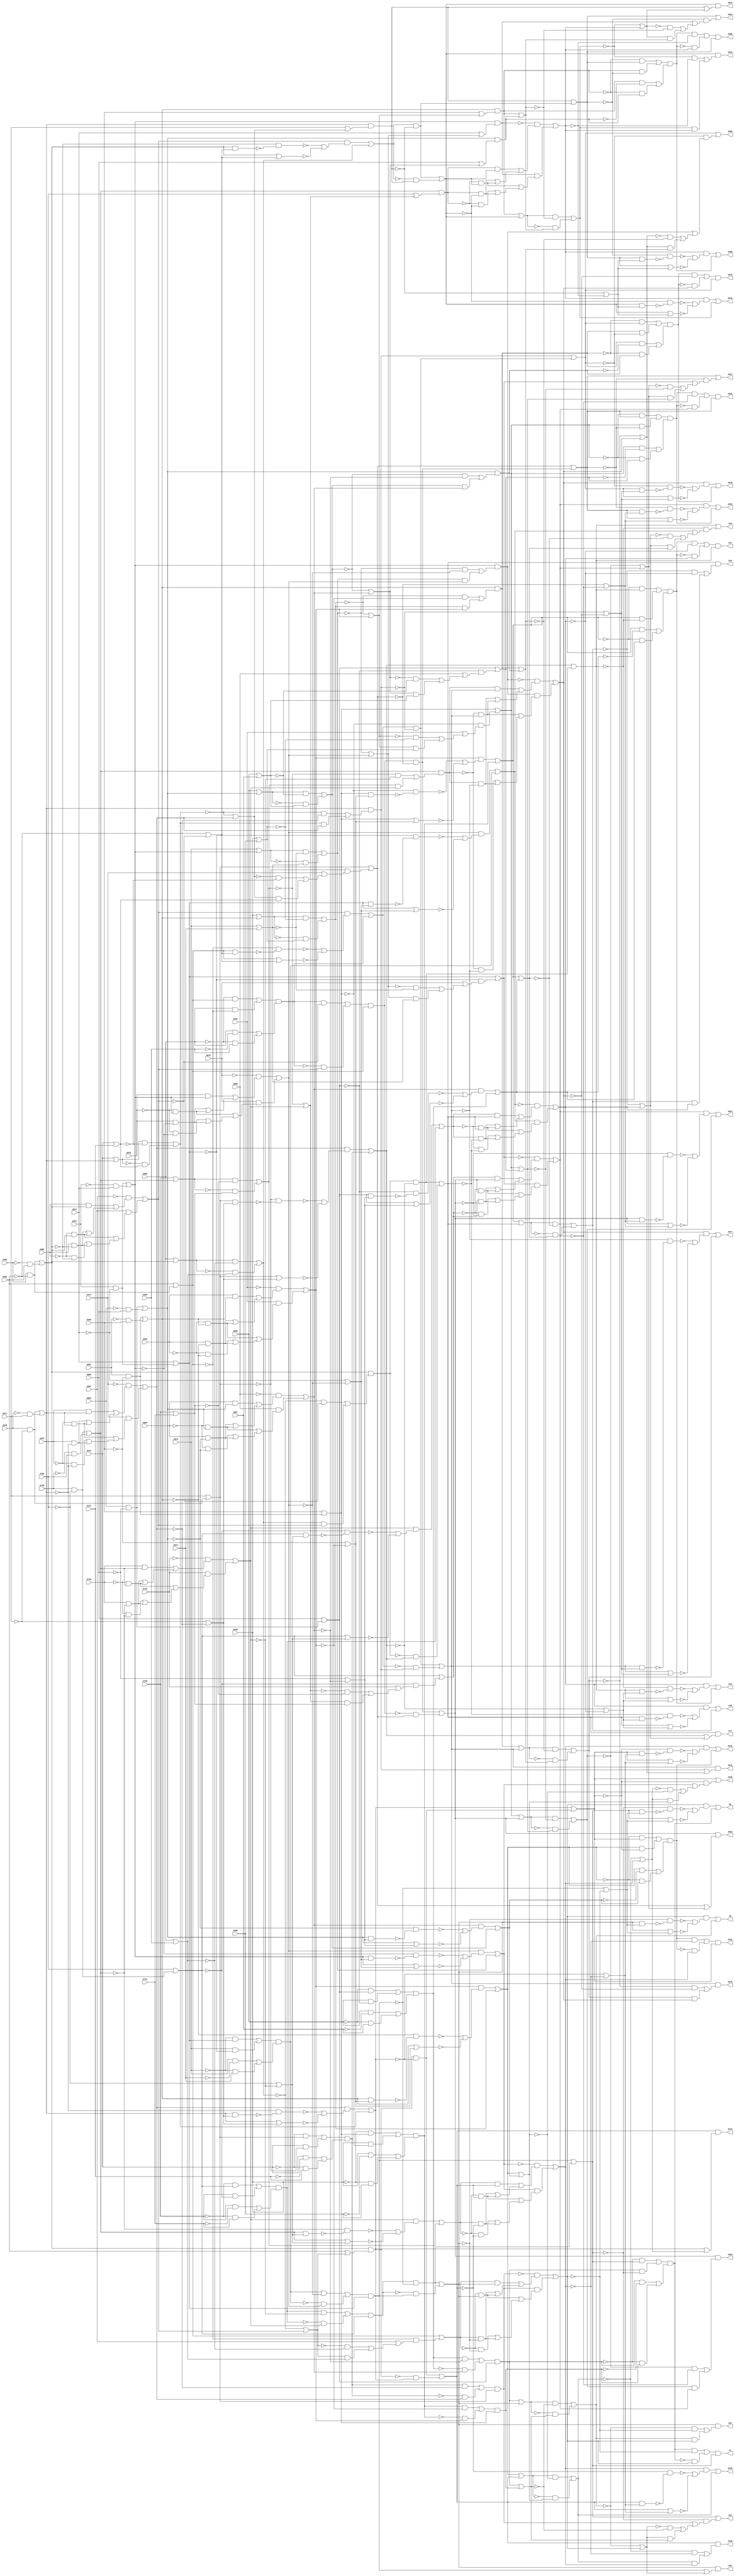
// Benchmark "testing" written by ABC on Thu Oct  8 22:16:59 2020

module testing ( 
    A743, A742, A741, A740, A739, A738, A676, A675, A674, A673, A672, A671,
    A609, A608, A607, A606, A605, A604, A542, A541, A540, A539, A538, A537,
    A475, A474, A473, A472, A471, A470, A403, A404, A405, A406, A407, A408,
    A347, A346, A345, A344, A343, A342, A280, A279, A278, A277, A276, A275,
    A213, A212, A211, A210, A209, A208, A146, A145, A144, A143, A142, A141,
    A79, A78, A77, A76, A75, A74, A7, A8, A9, A10, A11, A12  );
  input  A743, A742, A741, A740, A739, A738, A676, A675, A674, A673,
    A672, A671, A609, A608, A607, A606, A605, A604, A542, A541, A540, A539,
    A538, A537, A475, A474, A473, A472, A471, A470, A403, A404, A405, A406,
    A407, A408;
  output A347, A346, A345, A344, A343, A342, A280, A279, A278, A277, A276,
    A275, A213, A212, A211, A210, A209, A208, A146, A145, A144, A143, A142,
    A141, A79, A78, A77, A76, A75, A74, A7, A8, A9, A10, A11, A12;
  wire new_A469_, new_A468_, new_A467_, new_A466_, new_A465_, new_A464_,
    new_A463_, new_A462_, new_A461_, new_A460_, new_A459_, new_A458_,
    new_A457_, new_A456_, new_A455_, new_A454_, new_A453_, new_A452_,
    new_A451_, new_A450_, new_A449_, new_A448_, new_A447_, new_A446_,
    new_A445_, new_A444_, new_A443_, new_A442_, new_A441_, new_A440_,
    new_A439_, new_A438_, new_A437_, new_A436_, new_A435_, new_A434_,
    new_A433_, new_A432_, new_A431_, new_A430_, new_A429_, new_A428_,
    new_A427_, new_A426_, new_A425_, new_A424_, new_A423_, new_A422_,
    new_A421_, new_A420_, new_A419_, new_A418_, new_A417_, new_A416_,
    new_A415_, new_A414_, new_A413_, new_A412_, new_A411_, new_A410_,
    new_A409_, new_A476_, new_A477_, new_A478_, new_A479_, new_A480_,
    new_A481_, new_A482_, new_A483_, new_A484_, new_A485_, new_A486_,
    new_A487_, new_A488_, new_A489_, new_A490_, new_A491_, new_A492_,
    new_A493_, new_A494_, new_A495_, new_A496_, new_A497_, new_A498_,
    new_A499_, new_A500_, new_A501_, new_A502_, new_A503_, new_A504_,
    new_A505_, new_A506_, new_A507_, new_A508_, new_A509_, new_A510_,
    new_A511_, new_A512_, new_A513_, new_A514_, new_A515_, new_A516_,
    new_A517_, new_A518_, new_A519_, new_A520_, new_A521_, new_A522_,
    new_A523_, new_A524_, new_A525_, new_A526_, new_A527_, new_A528_,
    new_A529_, new_A530_, new_A531_, new_A532_, new_A533_, new_A534_,
    new_A535_, new_A536_, new_A543_, new_A544_, new_A545_, new_A546_,
    new_A547_, new_A548_, new_A549_, new_A550_, new_A551_, new_A552_,
    new_A553_, new_A554_, new_A555_, new_A556_, new_A557_, new_A558_,
    new_A559_, new_A560_, new_A561_, new_A562_, new_A563_, new_A564_,
    new_A565_, new_A566_, new_A567_, new_A568_, new_A569_, new_A570_,
    new_A571_, new_A572_, new_A573_, new_A574_, new_A575_, new_A576_,
    new_A577_, new_A578_, new_A579_, new_A580_, new_A581_, new_A582_,
    new_A583_, new_A584_, new_A585_, new_A586_, new_A587_, new_A588_,
    new_A589_, new_A590_, new_A591_, new_A592_, new_A593_, new_A594_,
    new_A595_, new_A596_, new_A597_, new_A598_, new_A599_, new_A600_,
    new_A601_, new_A602_, new_A603_, new_A610_, new_A611_, new_A612_,
    new_A613_, new_A614_, new_A615_, new_A616_, new_A617_, new_A618_,
    new_A619_, new_A620_, new_A621_, new_A622_, new_A623_, new_A624_,
    new_A625_, new_A626_, new_A627_, new_A628_, new_A629_, new_A630_,
    new_A631_, new_A632_, new_A633_, new_A634_, new_A635_, new_A636_,
    new_A637_, new_A638_, new_A639_, new_A640_, new_A641_, new_A642_,
    new_A643_, new_A644_, new_A645_, new_A646_, new_A647_, new_A648_,
    new_A649_, new_A650_, new_A651_, new_A652_, new_A653_, new_A654_,
    new_A655_, new_A656_, new_A657_, new_A658_, new_A659_, new_A660_,
    new_A661_, new_A662_, new_A663_, new_A664_, new_A665_, new_A666_,
    new_A667_, new_A668_, new_A669_, new_A670_, new_A677_, new_A678_,
    new_A679_, new_A680_, new_A681_, new_A682_, new_A683_, new_A684_,
    new_A685_, new_A686_, new_A687_, new_A688_, new_A689_, new_A690_,
    new_A691_, new_A692_, new_A693_, new_A694_, new_A695_, new_A696_,
    new_A697_, new_A698_, new_A699_, new_A700_, new_A701_, new_A702_,
    new_A703_, new_A704_, new_A705_, new_A706_, new_A707_, new_A708_,
    new_A709_, new_A710_, new_A711_, new_A712_, new_A713_, new_A714_,
    new_A715_, new_A716_, new_A717_, new_A718_, new_A719_, new_A720_,
    new_A721_, new_A722_, new_A723_, new_A724_, new_A725_, new_A726_,
    new_A727_, new_A728_, new_A729_, new_A730_, new_A731_, new_A732_,
    new_A733_, new_A734_, new_A735_, new_A736_, new_A737_, new_A744_,
    new_A745_, new_A746_, new_A747_, new_A748_, new_A749_, new_A750_,
    new_A751_, new_A752_, new_A753_, new_A754_, new_A755_, new_A756_,
    new_A757_, new_A758_, new_A759_, new_A760_, new_A761_, new_A762_,
    new_A763_, new_A764_, new_A765_, new_A766_, new_A767_, new_A768_,
    new_A769_, new_A770_, new_A771_, new_A772_, new_A773_, new_A774_,
    new_A775_, new_A776_, new_A777_, new_A778_, new_A779_, new_A780_,
    new_A781_, new_A782_, new_A783_, new_A784_, new_A785_, new_A786_,
    new_A787_, new_A788_, new_A789_, new_A790_, new_A791_, new_A792_,
    new_A793_, new_A794_, new_A795_, new_A796_, new_A797_, new_A798_,
    new_A799_, new_A800_, new_A801_, new_A802_, new_A803_, new_A804_,
    new_A402_, new_A401_, new_A400_, new_A399_, new_A398_, new_A397_,
    new_A396_, new_A395_, new_A394_, new_A393_, new_A392_, new_A391_,
    new_A390_, new_A389_, new_A388_, new_A387_, new_A386_, new_A385_,
    new_A384_, new_A383_, new_A382_, new_A381_, new_A380_, new_A379_,
    new_A378_, new_A377_, new_A376_, new_A375_, new_A374_, new_A373_,
    new_A372_, new_A371_, new_A370_, new_A369_, new_A368_, new_A367_,
    new_A366_, new_A365_, new_A364_, new_A363_, new_A362_, new_A361_,
    new_A360_, new_A359_, new_A358_, new_A357_, new_A356_, new_A355_,
    new_A354_, new_A353_, new_A352_, new_A351_, new_A350_, new_A349_,
    new_A348_, new_A341_, new_A340_, new_A339_, new_A338_, new_A337_,
    new_A336_, new_A335_, new_A334_, new_A333_, new_A332_, new_A331_,
    new_A330_, new_A329_, new_A328_, new_A327_, new_A326_, new_A325_,
    new_A324_, new_A323_, new_A322_, new_A321_, new_A320_, new_A319_,
    new_A318_, new_A317_, new_A316_, new_A315_, new_A314_, new_A313_,
    new_A312_, new_A311_, new_A310_, new_A309_, new_A308_, new_A307_,
    new_A306_, new_A305_, new_A304_, new_A303_, new_A302_, new_A301_,
    new_A300_, new_A299_, new_A298_, new_A297_, new_A296_, new_A295_,
    new_A294_, new_A293_, new_A292_, new_A291_, new_A290_, new_A289_,
    new_A288_, new_A287_, new_A286_, new_A285_, new_A284_, new_A283_,
    new_A282_, new_A281_, new_A274_, new_A273_, new_A272_, new_A271_,
    new_A270_, new_A269_, new_A268_, new_A267_, new_A266_, new_A265_,
    new_A264_, new_A263_, new_A262_, new_A261_, new_A260_, new_A259_,
    new_A258_, new_A257_, new_A256_, new_A255_, new_A254_, new_A253_,
    new_A252_, new_A251_, new_A250_, new_A249_, new_A248_, new_A247_,
    new_A246_, new_A245_, new_A244_, new_A243_, new_A242_, new_A241_,
    new_A240_, new_A239_, new_A238_, new_A237_, new_A236_, new_A235_,
    new_A234_, new_A233_, new_A232_, new_A231_, new_A230_, new_A229_,
    new_A228_, new_A227_, new_A226_, new_A225_, new_A224_, new_A223_,
    new_A222_, new_A221_, new_A220_, new_A219_, new_A218_, new_A217_,
    new_A216_, new_A215_, new_A214_, new_A207_, new_A206_, new_A205_,
    new_A204_, new_A203_, new_A202_, new_A201_, new_A200_, new_A199_,
    new_A198_, new_A197_, new_A196_, new_A195_, new_A194_, new_A193_,
    new_A192_, new_A191_, new_A190_, new_A189_, new_A188_, new_A187_,
    new_A186_, new_A185_, new_A184_, new_A183_, new_A182_, new_A181_,
    new_A180_, new_A179_, new_A178_, new_A177_, new_A176_, new_A175_,
    new_A174_, new_A173_, new_A172_, new_A171_, new_A170_, new_A169_,
    new_A168_, new_A167_, new_A166_, new_A165_, new_A164_, new_A163_,
    new_A162_, new_A161_, new_A160_, new_A159_, new_A158_, new_A157_,
    new_A156_, new_A155_, new_A154_, new_A153_, new_A152_, new_A151_,
    new_A150_, new_A149_, new_A148_, new_A147_, new_A140_, new_A139_,
    new_A138_, new_A137_, new_A136_, new_A135_, new_A134_, new_A133_,
    new_A132_, new_A131_, new_A130_, new_A129_, new_A128_, new_A127_,
    new_A126_, new_A125_, new_A124_, new_A123_, new_A122_, new_A121_,
    new_A120_, new_A119_, new_A118_, new_A117_, new_A116_, new_A115_,
    new_A114_, new_A113_, new_A112_, new_A111_, new_A110_, new_A109_,
    new_A108_, new_A107_, new_A106_, new_A105_, new_A104_, new_A103_,
    new_A102_, new_A101_, new_A100_, new_A99_, new_A98_, new_A97_,
    new_A96_, new_A95_, new_A94_, new_A93_, new_A92_, new_A91_, new_A90_,
    new_A89_, new_A88_, new_A87_, new_A86_, new_A85_, new_A84_, new_A83_,
    new_A82_, new_A81_, new_A80_, new_A73_, new_A72_, new_A71_, new_A70_,
    new_A69_, new_A68_, new_A1_, new_A2_, new_A3_, new_A4_, new_A5_,
    new_A6_, new_A13_, new_A14_, new_A15_, new_A16_, new_A17_, new_A18_,
    new_A19_, new_A20_, new_A21_, new_A22_, new_A23_, new_A24_, new_A25_,
    new_A26_, new_A27_, new_A28_, new_A29_, new_A30_, new_A31_, new_A32_,
    new_A33_, new_A34_, new_A35_, new_A36_, new_A37_, new_A38_, new_A39_,
    new_A40_, new_A41_, new_A42_, new_A43_, new_A44_, new_A45_, new_A46_,
    new_A47_, new_A48_, new_A49_, new_A50_, new_A51_, new_A52_, new_A53_,
    new_A54_, new_A55_, new_A56_, new_A57_, new_A58_, new_A59_, new_A60_,
    new_A61_, new_A62_, new_A63_, new_A64_, new_A65_, new_A66_, new_A67_;
  assign new_A469_ = ~A408 & new_A422_;
  assign new_A468_ = A408 & ~new_A422_;
  assign new_A467_ = A408 & ~new_A422_;
  assign new_A466_ = ~A408 & ~new_A422_;
  assign new_A465_ = A408 & new_A422_;
  assign new_A464_ = new_A468_ | new_A469_;
  assign new_A463_ = ~A408 & new_A422_;
  assign new_A462_ = new_A466_ | new_A467_;
  assign new_A461_ = ~new_A437_ & ~new_A457_;
  assign new_A460_ = new_A437_ & new_A457_;
  assign new_A459_ = ~A404 | ~new_A429_;
  assign new_A458_ = new_A422_ & new_A459_;
  assign new_A457_ = A405 | A406;
  assign new_A456_ = A405 | new_A422_;
  assign new_A455_ = ~new_A422_ & ~new_A458_;
  assign new_A454_ = new_A422_ | new_A459_;
  assign new_A453_ = A405 & ~A406;
  assign new_A452_ = ~A405 & A406;
  assign new_A451_ = new_A415_ | new_A448_;
  assign new_A450_ = ~new_A415_ & ~new_A449_;
  assign new_A449_ = new_A415_ & new_A448_;
  assign new_A448_ = ~A404 | ~new_A429_;
  assign new_A447_ = ~A405 & new_A415_;
  assign new_A446_ = A405 & ~new_A415_;
  assign new_A445_ = A407 & new_A444_;
  assign new_A444_ = new_A463_ | new_A462_;
  assign new_A443_ = ~A407 & new_A442_;
  assign new_A442_ = new_A465_ | new_A464_;
  assign new_A441_ = A407 | new_A440_;
  assign new_A440_ = new_A461_ | new_A460_;
  assign new_A439_ = ~new_A419_ & ~new_A429_;
  assign new_A438_ = new_A419_ & new_A429_;
  assign new_A437_ = ~new_A419_ | new_A429_;
  assign new_A436_ = A403 & ~A404;
  assign new_A435_ = ~A403 & A404;
  assign new_A434_ = new_A456_ & ~new_A457_;
  assign new_A433_ = ~new_A456_ & new_A457_;
  assign new_A432_ = ~new_A455_ | ~new_A454_;
  assign new_A431_ = new_A447_ | new_A446_;
  assign new_A430_ = new_A453_ | new_A452_;
  assign new_A429_ = new_A443_ | new_A445_;
  assign new_A428_ = ~new_A450_ | ~new_A451_;
  assign new_A427_ = A403 & ~A404;
  assign new_A426_ = new_A417_ & ~new_A429_;
  assign new_A425_ = ~new_A417_ & new_A429_;
  assign new_A424_ = ~new_A415_ & new_A441_;
  assign new_A423_ = new_A439_ | new_A438_;
  assign new_A422_ = new_A436_ | new_A435_;
  assign new_A421_ = A404 | new_A437_;
  assign new_A420_ = new_A429_ & new_A432_;
  assign new_A419_ = new_A434_ | new_A433_;
  assign new_A418_ = new_A429_ & new_A428_;
  assign new_A417_ = new_A431_ & new_A430_;
  assign new_A416_ = new_A426_ | new_A425_;
  assign new_A415_ = A404 | new_A427_;
  assign new_A414_ = new_A415_ | new_A424_;
  assign new_A413_ = new_A422_ & new_A423_;
  assign new_A412_ = new_A422_ & new_A421_;
  assign new_A411_ = new_A420_ | new_A419_;
  assign new_A410_ = new_A418_ | new_A417_;
  assign new_A409_ = new_A416_ & new_A415_;
  assign new_A476_ = new_A483_ & new_A482_;
  assign new_A477_ = new_A485_ | new_A484_;
  assign new_A478_ = new_A487_ | new_A486_;
  assign new_A479_ = new_A489_ & new_A488_;
  assign new_A480_ = new_A489_ & new_A490_;
  assign new_A481_ = new_A482_ | new_A491_;
  assign new_A482_ = A471 | new_A494_;
  assign new_A483_ = new_A493_ | new_A492_;
  assign new_A484_ = new_A498_ & new_A497_;
  assign new_A485_ = new_A496_ & new_A495_;
  assign new_A486_ = new_A501_ | new_A500_;
  assign new_A487_ = new_A496_ & new_A499_;
  assign new_A488_ = A471 | new_A504_;
  assign new_A489_ = new_A503_ | new_A502_;
  assign new_A490_ = new_A506_ | new_A505_;
  assign new_A491_ = ~new_A482_ & new_A508_;
  assign new_A492_ = ~new_A484_ & new_A496_;
  assign new_A493_ = new_A484_ & ~new_A496_;
  assign new_A494_ = A470 & ~A471;
  assign new_A495_ = ~new_A517_ | ~new_A518_;
  assign new_A496_ = new_A510_ | new_A512_;
  assign new_A497_ = new_A520_ | new_A519_;
  assign new_A498_ = new_A514_ | new_A513_;
  assign new_A499_ = ~new_A522_ | ~new_A521_;
  assign new_A500_ = ~new_A523_ & new_A524_;
  assign new_A501_ = new_A523_ & ~new_A524_;
  assign new_A502_ = ~A470 & A471;
  assign new_A503_ = A470 & ~A471;
  assign new_A504_ = ~new_A486_ | new_A496_;
  assign new_A505_ = new_A486_ & new_A496_;
  assign new_A506_ = ~new_A486_ & ~new_A496_;
  assign new_A507_ = new_A528_ | new_A527_;
  assign new_A508_ = A474 | new_A507_;
  assign new_A509_ = new_A532_ | new_A531_;
  assign new_A510_ = ~A474 & new_A509_;
  assign new_A511_ = new_A530_ | new_A529_;
  assign new_A512_ = A474 & new_A511_;
  assign new_A513_ = A472 & ~new_A482_;
  assign new_A514_ = ~A472 & new_A482_;
  assign new_A515_ = ~A471 | ~new_A496_;
  assign new_A516_ = new_A482_ & new_A515_;
  assign new_A517_ = ~new_A482_ & ~new_A516_;
  assign new_A518_ = new_A482_ | new_A515_;
  assign new_A519_ = ~A472 & A473;
  assign new_A520_ = A472 & ~A473;
  assign new_A521_ = new_A489_ | new_A526_;
  assign new_A522_ = ~new_A489_ & ~new_A525_;
  assign new_A523_ = A472 | new_A489_;
  assign new_A524_ = A472 | A473;
  assign new_A525_ = new_A489_ & new_A526_;
  assign new_A526_ = ~A471 | ~new_A496_;
  assign new_A527_ = new_A504_ & new_A524_;
  assign new_A528_ = ~new_A504_ & ~new_A524_;
  assign new_A529_ = new_A533_ | new_A534_;
  assign new_A530_ = ~A475 & new_A489_;
  assign new_A531_ = new_A535_ | new_A536_;
  assign new_A532_ = A475 & new_A489_;
  assign new_A533_ = ~A475 & ~new_A489_;
  assign new_A534_ = A475 & ~new_A489_;
  assign new_A535_ = A475 & ~new_A489_;
  assign new_A536_ = ~A475 & new_A489_;
  assign new_A543_ = new_A550_ & new_A549_;
  assign new_A544_ = new_A552_ | new_A551_;
  assign new_A545_ = new_A554_ | new_A553_;
  assign new_A546_ = new_A556_ & new_A555_;
  assign new_A547_ = new_A556_ & new_A557_;
  assign new_A548_ = new_A549_ | new_A558_;
  assign new_A549_ = A538 | new_A561_;
  assign new_A550_ = new_A560_ | new_A559_;
  assign new_A551_ = new_A565_ & new_A564_;
  assign new_A552_ = new_A563_ & new_A562_;
  assign new_A553_ = new_A568_ | new_A567_;
  assign new_A554_ = new_A563_ & new_A566_;
  assign new_A555_ = A538 | new_A571_;
  assign new_A556_ = new_A570_ | new_A569_;
  assign new_A557_ = new_A573_ | new_A572_;
  assign new_A558_ = ~new_A549_ & new_A575_;
  assign new_A559_ = ~new_A551_ & new_A563_;
  assign new_A560_ = new_A551_ & ~new_A563_;
  assign new_A561_ = A537 & ~A538;
  assign new_A562_ = ~new_A584_ | ~new_A585_;
  assign new_A563_ = new_A577_ | new_A579_;
  assign new_A564_ = new_A587_ | new_A586_;
  assign new_A565_ = new_A581_ | new_A580_;
  assign new_A566_ = ~new_A589_ | ~new_A588_;
  assign new_A567_ = ~new_A590_ & new_A591_;
  assign new_A568_ = new_A590_ & ~new_A591_;
  assign new_A569_ = ~A537 & A538;
  assign new_A570_ = A537 & ~A538;
  assign new_A571_ = ~new_A553_ | new_A563_;
  assign new_A572_ = new_A553_ & new_A563_;
  assign new_A573_ = ~new_A553_ & ~new_A563_;
  assign new_A574_ = new_A595_ | new_A594_;
  assign new_A575_ = A541 | new_A574_;
  assign new_A576_ = new_A599_ | new_A598_;
  assign new_A577_ = ~A541 & new_A576_;
  assign new_A578_ = new_A597_ | new_A596_;
  assign new_A579_ = A541 & new_A578_;
  assign new_A580_ = A539 & ~new_A549_;
  assign new_A581_ = ~A539 & new_A549_;
  assign new_A582_ = ~A538 | ~new_A563_;
  assign new_A583_ = new_A549_ & new_A582_;
  assign new_A584_ = ~new_A549_ & ~new_A583_;
  assign new_A585_ = new_A549_ | new_A582_;
  assign new_A586_ = ~A539 & A540;
  assign new_A587_ = A539 & ~A540;
  assign new_A588_ = new_A556_ | new_A593_;
  assign new_A589_ = ~new_A556_ & ~new_A592_;
  assign new_A590_ = A539 | new_A556_;
  assign new_A591_ = A539 | A540;
  assign new_A592_ = new_A556_ & new_A593_;
  assign new_A593_ = ~A538 | ~new_A563_;
  assign new_A594_ = new_A571_ & new_A591_;
  assign new_A595_ = ~new_A571_ & ~new_A591_;
  assign new_A596_ = new_A600_ | new_A601_;
  assign new_A597_ = ~A542 & new_A556_;
  assign new_A598_ = new_A602_ | new_A603_;
  assign new_A599_ = A542 & new_A556_;
  assign new_A600_ = ~A542 & ~new_A556_;
  assign new_A601_ = A542 & ~new_A556_;
  assign new_A602_ = A542 & ~new_A556_;
  assign new_A603_ = ~A542 & new_A556_;
  assign new_A610_ = new_A617_ & new_A616_;
  assign new_A611_ = new_A619_ | new_A618_;
  assign new_A612_ = new_A621_ | new_A620_;
  assign new_A613_ = new_A623_ & new_A622_;
  assign new_A614_ = new_A623_ & new_A624_;
  assign new_A615_ = new_A616_ | new_A625_;
  assign new_A616_ = A605 | new_A628_;
  assign new_A617_ = new_A627_ | new_A626_;
  assign new_A618_ = new_A632_ & new_A631_;
  assign new_A619_ = new_A630_ & new_A629_;
  assign new_A620_ = new_A635_ | new_A634_;
  assign new_A621_ = new_A630_ & new_A633_;
  assign new_A622_ = A605 | new_A638_;
  assign new_A623_ = new_A637_ | new_A636_;
  assign new_A624_ = new_A640_ | new_A639_;
  assign new_A625_ = ~new_A616_ & new_A642_;
  assign new_A626_ = ~new_A618_ & new_A630_;
  assign new_A627_ = new_A618_ & ~new_A630_;
  assign new_A628_ = A604 & ~A605;
  assign new_A629_ = ~new_A651_ | ~new_A652_;
  assign new_A630_ = new_A644_ | new_A646_;
  assign new_A631_ = new_A654_ | new_A653_;
  assign new_A632_ = new_A648_ | new_A647_;
  assign new_A633_ = ~new_A656_ | ~new_A655_;
  assign new_A634_ = ~new_A657_ & new_A658_;
  assign new_A635_ = new_A657_ & ~new_A658_;
  assign new_A636_ = ~A604 & A605;
  assign new_A637_ = A604 & ~A605;
  assign new_A638_ = ~new_A620_ | new_A630_;
  assign new_A639_ = new_A620_ & new_A630_;
  assign new_A640_ = ~new_A620_ & ~new_A630_;
  assign new_A641_ = new_A662_ | new_A661_;
  assign new_A642_ = A608 | new_A641_;
  assign new_A643_ = new_A666_ | new_A665_;
  assign new_A644_ = ~A608 & new_A643_;
  assign new_A645_ = new_A664_ | new_A663_;
  assign new_A646_ = A608 & new_A645_;
  assign new_A647_ = A606 & ~new_A616_;
  assign new_A648_ = ~A606 & new_A616_;
  assign new_A649_ = ~A605 | ~new_A630_;
  assign new_A650_ = new_A616_ & new_A649_;
  assign new_A651_ = ~new_A616_ & ~new_A650_;
  assign new_A652_ = new_A616_ | new_A649_;
  assign new_A653_ = ~A606 & A607;
  assign new_A654_ = A606 & ~A607;
  assign new_A655_ = new_A623_ | new_A660_;
  assign new_A656_ = ~new_A623_ & ~new_A659_;
  assign new_A657_ = A606 | new_A623_;
  assign new_A658_ = A606 | A607;
  assign new_A659_ = new_A623_ & new_A660_;
  assign new_A660_ = ~A605 | ~new_A630_;
  assign new_A661_ = new_A638_ & new_A658_;
  assign new_A662_ = ~new_A638_ & ~new_A658_;
  assign new_A663_ = new_A667_ | new_A668_;
  assign new_A664_ = ~A609 & new_A623_;
  assign new_A665_ = new_A669_ | new_A670_;
  assign new_A666_ = A609 & new_A623_;
  assign new_A667_ = ~A609 & ~new_A623_;
  assign new_A668_ = A609 & ~new_A623_;
  assign new_A669_ = A609 & ~new_A623_;
  assign new_A670_ = ~A609 & new_A623_;
  assign new_A677_ = new_A684_ & new_A683_;
  assign new_A678_ = new_A686_ | new_A685_;
  assign new_A679_ = new_A688_ | new_A687_;
  assign new_A680_ = new_A690_ & new_A689_;
  assign new_A681_ = new_A690_ & new_A691_;
  assign new_A682_ = new_A683_ | new_A692_;
  assign new_A683_ = A672 | new_A695_;
  assign new_A684_ = new_A694_ | new_A693_;
  assign new_A685_ = new_A699_ & new_A698_;
  assign new_A686_ = new_A697_ & new_A696_;
  assign new_A687_ = new_A702_ | new_A701_;
  assign new_A688_ = new_A697_ & new_A700_;
  assign new_A689_ = A672 | new_A705_;
  assign new_A690_ = new_A704_ | new_A703_;
  assign new_A691_ = new_A707_ | new_A706_;
  assign new_A692_ = ~new_A683_ & new_A709_;
  assign new_A693_ = ~new_A685_ & new_A697_;
  assign new_A694_ = new_A685_ & ~new_A697_;
  assign new_A695_ = A671 & ~A672;
  assign new_A696_ = ~new_A718_ | ~new_A719_;
  assign new_A697_ = new_A711_ | new_A713_;
  assign new_A698_ = new_A721_ | new_A720_;
  assign new_A699_ = new_A715_ | new_A714_;
  assign new_A700_ = ~new_A723_ | ~new_A722_;
  assign new_A701_ = ~new_A724_ & new_A725_;
  assign new_A702_ = new_A724_ & ~new_A725_;
  assign new_A703_ = ~A671 & A672;
  assign new_A704_ = A671 & ~A672;
  assign new_A705_ = ~new_A687_ | new_A697_;
  assign new_A706_ = new_A687_ & new_A697_;
  assign new_A707_ = ~new_A687_ & ~new_A697_;
  assign new_A708_ = new_A729_ | new_A728_;
  assign new_A709_ = A675 | new_A708_;
  assign new_A710_ = new_A733_ | new_A732_;
  assign new_A711_ = ~A675 & new_A710_;
  assign new_A712_ = new_A731_ | new_A730_;
  assign new_A713_ = A675 & new_A712_;
  assign new_A714_ = A673 & ~new_A683_;
  assign new_A715_ = ~A673 & new_A683_;
  assign new_A716_ = ~A672 | ~new_A697_;
  assign new_A717_ = new_A683_ & new_A716_;
  assign new_A718_ = ~new_A683_ & ~new_A717_;
  assign new_A719_ = new_A683_ | new_A716_;
  assign new_A720_ = ~A673 & A674;
  assign new_A721_ = A673 & ~A674;
  assign new_A722_ = new_A690_ | new_A727_;
  assign new_A723_ = ~new_A690_ & ~new_A726_;
  assign new_A724_ = A673 | new_A690_;
  assign new_A725_ = A673 | A674;
  assign new_A726_ = new_A690_ & new_A727_;
  assign new_A727_ = ~A672 | ~new_A697_;
  assign new_A728_ = new_A705_ & new_A725_;
  assign new_A729_ = ~new_A705_ & ~new_A725_;
  assign new_A730_ = new_A734_ | new_A735_;
  assign new_A731_ = ~A676 & new_A690_;
  assign new_A732_ = new_A736_ | new_A737_;
  assign new_A733_ = A676 & new_A690_;
  assign new_A734_ = ~A676 & ~new_A690_;
  assign new_A735_ = A676 & ~new_A690_;
  assign new_A736_ = A676 & ~new_A690_;
  assign new_A737_ = ~A676 & new_A690_;
  assign new_A744_ = new_A751_ & new_A750_;
  assign new_A745_ = new_A753_ | new_A752_;
  assign new_A746_ = new_A755_ | new_A754_;
  assign new_A747_ = new_A757_ & new_A756_;
  assign new_A748_ = new_A757_ & new_A758_;
  assign new_A749_ = new_A750_ | new_A759_;
  assign new_A750_ = A739 | new_A762_;
  assign new_A751_ = new_A761_ | new_A760_;
  assign new_A752_ = new_A766_ & new_A765_;
  assign new_A753_ = new_A764_ & new_A763_;
  assign new_A754_ = new_A769_ | new_A768_;
  assign new_A755_ = new_A764_ & new_A767_;
  assign new_A756_ = A739 | new_A772_;
  assign new_A757_ = new_A771_ | new_A770_;
  assign new_A758_ = new_A774_ | new_A773_;
  assign new_A759_ = ~new_A750_ & new_A776_;
  assign new_A760_ = ~new_A752_ & new_A764_;
  assign new_A761_ = new_A752_ & ~new_A764_;
  assign new_A762_ = A738 & ~A739;
  assign new_A763_ = ~new_A785_ | ~new_A786_;
  assign new_A764_ = new_A778_ | new_A780_;
  assign new_A765_ = new_A788_ | new_A787_;
  assign new_A766_ = new_A782_ | new_A781_;
  assign new_A767_ = ~new_A790_ | ~new_A789_;
  assign new_A768_ = ~new_A791_ & new_A792_;
  assign new_A769_ = new_A791_ & ~new_A792_;
  assign new_A770_ = ~A738 & A739;
  assign new_A771_ = A738 & ~A739;
  assign new_A772_ = ~new_A754_ | new_A764_;
  assign new_A773_ = new_A754_ & new_A764_;
  assign new_A774_ = ~new_A754_ & ~new_A764_;
  assign new_A775_ = new_A796_ | new_A795_;
  assign new_A776_ = A742 | new_A775_;
  assign new_A777_ = new_A800_ | new_A799_;
  assign new_A778_ = ~A742 & new_A777_;
  assign new_A779_ = new_A798_ | new_A797_;
  assign new_A780_ = A742 & new_A779_;
  assign new_A781_ = A740 & ~new_A750_;
  assign new_A782_ = ~A740 & new_A750_;
  assign new_A783_ = ~A739 | ~new_A764_;
  assign new_A784_ = new_A750_ & new_A783_;
  assign new_A785_ = ~new_A750_ & ~new_A784_;
  assign new_A786_ = new_A750_ | new_A783_;
  assign new_A787_ = ~A740 & A741;
  assign new_A788_ = A740 & ~A741;
  assign new_A789_ = new_A757_ | new_A794_;
  assign new_A790_ = ~new_A757_ & ~new_A793_;
  assign new_A791_ = A740 | new_A757_;
  assign new_A792_ = A740 | A741;
  assign new_A793_ = new_A757_ & new_A794_;
  assign new_A794_ = ~A739 | ~new_A764_;
  assign new_A795_ = new_A772_ & new_A792_;
  assign new_A796_ = ~new_A772_ & ~new_A792_;
  assign new_A797_ = new_A801_ | new_A802_;
  assign new_A798_ = ~A743 & new_A757_;
  assign new_A799_ = new_A803_ | new_A804_;
  assign new_A800_ = A743 & new_A757_;
  assign new_A801_ = ~A743 & ~new_A757_;
  assign new_A802_ = A743 & ~new_A757_;
  assign new_A803_ = A743 & ~new_A757_;
  assign new_A804_ = ~A743 & new_A757_;
  assign new_A402_ = ~new_A341_ & new_A355_;
  assign new_A401_ = new_A341_ & ~new_A355_;
  assign new_A400_ = new_A341_ & ~new_A355_;
  assign new_A399_ = ~new_A341_ & ~new_A355_;
  assign new_A398_ = new_A341_ & new_A355_;
  assign new_A397_ = new_A401_ | new_A402_;
  assign new_A396_ = ~new_A341_ & new_A355_;
  assign new_A395_ = new_A399_ | new_A400_;
  assign new_A394_ = ~new_A370_ & ~new_A390_;
  assign new_A393_ = new_A370_ & new_A390_;
  assign new_A392_ = ~new_A337_ | ~new_A362_;
  assign new_A391_ = new_A355_ & new_A392_;
  assign new_A390_ = new_A338_ | new_A339_;
  assign new_A389_ = new_A338_ | new_A355_;
  assign new_A388_ = ~new_A355_ & ~new_A391_;
  assign new_A387_ = new_A355_ | new_A392_;
  assign new_A386_ = new_A338_ & ~new_A339_;
  assign new_A385_ = ~new_A338_ & new_A339_;
  assign new_A384_ = new_A348_ | new_A381_;
  assign new_A383_ = ~new_A348_ & ~new_A382_;
  assign new_A382_ = new_A348_ & new_A381_;
  assign new_A381_ = ~new_A337_ | ~new_A362_;
  assign new_A380_ = ~new_A338_ & new_A348_;
  assign new_A379_ = new_A338_ & ~new_A348_;
  assign new_A378_ = new_A340_ & new_A377_;
  assign new_A377_ = new_A396_ | new_A395_;
  assign new_A376_ = ~new_A340_ & new_A375_;
  assign new_A375_ = new_A398_ | new_A397_;
  assign new_A374_ = new_A340_ | new_A373_;
  assign new_A373_ = new_A394_ | new_A393_;
  assign new_A372_ = ~new_A352_ & ~new_A362_;
  assign new_A371_ = new_A352_ & new_A362_;
  assign new_A370_ = ~new_A352_ | new_A362_;
  assign new_A369_ = new_A336_ & ~new_A337_;
  assign new_A368_ = ~new_A336_ & new_A337_;
  assign new_A367_ = new_A389_ & ~new_A390_;
  assign new_A366_ = ~new_A389_ & new_A390_;
  assign new_A365_ = ~new_A388_ | ~new_A387_;
  assign new_A364_ = new_A380_ | new_A379_;
  assign new_A363_ = new_A386_ | new_A385_;
  assign new_A362_ = new_A376_ | new_A378_;
  assign new_A361_ = ~new_A383_ | ~new_A384_;
  assign new_A360_ = new_A336_ & ~new_A337_;
  assign new_A359_ = new_A350_ & ~new_A362_;
  assign new_A358_ = ~new_A350_ & new_A362_;
  assign new_A357_ = ~new_A348_ & new_A374_;
  assign new_A356_ = new_A372_ | new_A371_;
  assign new_A355_ = new_A369_ | new_A368_;
  assign new_A354_ = new_A337_ | new_A370_;
  assign new_A353_ = new_A362_ & new_A365_;
  assign new_A352_ = new_A367_ | new_A366_;
  assign new_A351_ = new_A362_ & new_A361_;
  assign new_A350_ = new_A364_ & new_A363_;
  assign new_A349_ = new_A359_ | new_A358_;
  assign new_A348_ = new_A337_ | new_A360_;
  assign A347 = new_A348_ | new_A357_;
  assign A346 = new_A355_ & new_A356_;
  assign A345 = new_A355_ & new_A354_;
  assign A344 = new_A353_ | new_A352_;
  assign A343 = new_A351_ | new_A350_;
  assign A342 = new_A349_ & new_A348_;
  assign new_A341_ = new_A749_;
  assign new_A340_ = new_A682_;
  assign new_A339_ = new_A615_;
  assign new_A338_ = new_A548_;
  assign new_A337_ = new_A481_;
  assign new_A336_ = new_A409_;
  assign new_A335_ = ~new_A274_ & new_A288_;
  assign new_A334_ = new_A274_ & ~new_A288_;
  assign new_A333_ = new_A274_ & ~new_A288_;
  assign new_A332_ = ~new_A274_ & ~new_A288_;
  assign new_A331_ = new_A274_ & new_A288_;
  assign new_A330_ = new_A334_ | new_A335_;
  assign new_A329_ = ~new_A274_ & new_A288_;
  assign new_A328_ = new_A332_ | new_A333_;
  assign new_A327_ = ~new_A303_ & ~new_A323_;
  assign new_A326_ = new_A303_ & new_A323_;
  assign new_A325_ = ~new_A270_ | ~new_A295_;
  assign new_A324_ = new_A288_ & new_A325_;
  assign new_A323_ = new_A271_ | new_A272_;
  assign new_A322_ = new_A271_ | new_A288_;
  assign new_A321_ = ~new_A288_ & ~new_A324_;
  assign new_A320_ = new_A288_ | new_A325_;
  assign new_A319_ = new_A271_ & ~new_A272_;
  assign new_A318_ = ~new_A271_ & new_A272_;
  assign new_A317_ = new_A281_ | new_A314_;
  assign new_A316_ = ~new_A281_ & ~new_A315_;
  assign new_A315_ = new_A281_ & new_A314_;
  assign new_A314_ = ~new_A270_ | ~new_A295_;
  assign new_A313_ = ~new_A271_ & new_A281_;
  assign new_A312_ = new_A271_ & ~new_A281_;
  assign new_A311_ = new_A273_ & new_A310_;
  assign new_A310_ = new_A329_ | new_A328_;
  assign new_A309_ = ~new_A273_ & new_A308_;
  assign new_A308_ = new_A331_ | new_A330_;
  assign new_A307_ = new_A273_ | new_A306_;
  assign new_A306_ = new_A327_ | new_A326_;
  assign new_A305_ = ~new_A285_ & ~new_A295_;
  assign new_A304_ = new_A285_ & new_A295_;
  assign new_A303_ = ~new_A285_ | new_A295_;
  assign new_A302_ = new_A269_ & ~new_A270_;
  assign new_A301_ = ~new_A269_ & new_A270_;
  assign new_A300_ = new_A322_ & ~new_A323_;
  assign new_A299_ = ~new_A322_ & new_A323_;
  assign new_A298_ = ~new_A321_ | ~new_A320_;
  assign new_A297_ = new_A313_ | new_A312_;
  assign new_A296_ = new_A319_ | new_A318_;
  assign new_A295_ = new_A309_ | new_A311_;
  assign new_A294_ = ~new_A316_ | ~new_A317_;
  assign new_A293_ = new_A269_ & ~new_A270_;
  assign new_A292_ = new_A283_ & ~new_A295_;
  assign new_A291_ = ~new_A283_ & new_A295_;
  assign new_A290_ = ~new_A281_ & new_A307_;
  assign new_A289_ = new_A305_ | new_A304_;
  assign new_A288_ = new_A302_ | new_A301_;
  assign new_A287_ = new_A270_ | new_A303_;
  assign new_A286_ = new_A295_ & new_A298_;
  assign new_A285_ = new_A300_ | new_A299_;
  assign new_A284_ = new_A295_ & new_A294_;
  assign new_A283_ = new_A297_ & new_A296_;
  assign new_A282_ = new_A292_ | new_A291_;
  assign new_A281_ = new_A270_ | new_A293_;
  assign A280 = new_A281_ | new_A290_;
  assign A279 = new_A288_ & new_A289_;
  assign A278 = new_A288_ & new_A287_;
  assign A277 = new_A286_ | new_A285_;
  assign A276 = new_A284_ | new_A283_;
  assign A275 = new_A282_ & new_A281_;
  assign new_A274_ = new_A748_;
  assign new_A273_ = new_A681_;
  assign new_A272_ = new_A614_;
  assign new_A271_ = new_A547_;
  assign new_A270_ = new_A480_;
  assign new_A269_ = new_A410_;
  assign new_A268_ = ~new_A207_ & new_A221_;
  assign new_A267_ = new_A207_ & ~new_A221_;
  assign new_A266_ = new_A207_ & ~new_A221_;
  assign new_A265_ = ~new_A207_ & ~new_A221_;
  assign new_A264_ = new_A207_ & new_A221_;
  assign new_A263_ = new_A267_ | new_A268_;
  assign new_A262_ = ~new_A207_ & new_A221_;
  assign new_A261_ = new_A265_ | new_A266_;
  assign new_A260_ = ~new_A236_ & ~new_A256_;
  assign new_A259_ = new_A236_ & new_A256_;
  assign new_A258_ = ~new_A203_ | ~new_A228_;
  assign new_A257_ = new_A221_ & new_A258_;
  assign new_A256_ = new_A204_ | new_A205_;
  assign new_A255_ = new_A204_ | new_A221_;
  assign new_A254_ = ~new_A221_ & ~new_A257_;
  assign new_A253_ = new_A221_ | new_A258_;
  assign new_A252_ = new_A204_ & ~new_A205_;
  assign new_A251_ = ~new_A204_ & new_A205_;
  assign new_A250_ = new_A214_ | new_A247_;
  assign new_A249_ = ~new_A214_ & ~new_A248_;
  assign new_A248_ = new_A214_ & new_A247_;
  assign new_A247_ = ~new_A203_ | ~new_A228_;
  assign new_A246_ = ~new_A204_ & new_A214_;
  assign new_A245_ = new_A204_ & ~new_A214_;
  assign new_A244_ = new_A206_ & new_A243_;
  assign new_A243_ = new_A262_ | new_A261_;
  assign new_A242_ = ~new_A206_ & new_A241_;
  assign new_A241_ = new_A264_ | new_A263_;
  assign new_A240_ = new_A206_ | new_A239_;
  assign new_A239_ = new_A260_ | new_A259_;
  assign new_A238_ = ~new_A218_ & ~new_A228_;
  assign new_A237_ = new_A218_ & new_A228_;
  assign new_A236_ = ~new_A218_ | new_A228_;
  assign new_A235_ = new_A202_ & ~new_A203_;
  assign new_A234_ = ~new_A202_ & new_A203_;
  assign new_A233_ = new_A255_ & ~new_A256_;
  assign new_A232_ = ~new_A255_ & new_A256_;
  assign new_A231_ = ~new_A254_ | ~new_A253_;
  assign new_A230_ = new_A246_ | new_A245_;
  assign new_A229_ = new_A252_ | new_A251_;
  assign new_A228_ = new_A242_ | new_A244_;
  assign new_A227_ = ~new_A249_ | ~new_A250_;
  assign new_A226_ = new_A202_ & ~new_A203_;
  assign new_A225_ = new_A216_ & ~new_A228_;
  assign new_A224_ = ~new_A216_ & new_A228_;
  assign new_A223_ = ~new_A214_ & new_A240_;
  assign new_A222_ = new_A238_ | new_A237_;
  assign new_A221_ = new_A235_ | new_A234_;
  assign new_A220_ = new_A203_ | new_A236_;
  assign new_A219_ = new_A228_ & new_A231_;
  assign new_A218_ = new_A233_ | new_A232_;
  assign new_A217_ = new_A228_ & new_A227_;
  assign new_A216_ = new_A230_ & new_A229_;
  assign new_A215_ = new_A225_ | new_A224_;
  assign new_A214_ = new_A203_ | new_A226_;
  assign A213 = new_A214_ | new_A223_;
  assign A212 = new_A221_ & new_A222_;
  assign A211 = new_A221_ & new_A220_;
  assign A210 = new_A219_ | new_A218_;
  assign A209 = new_A217_ | new_A216_;
  assign A208 = new_A215_ & new_A214_;
  assign new_A207_ = new_A747_;
  assign new_A206_ = new_A680_;
  assign new_A205_ = new_A613_;
  assign new_A204_ = new_A546_;
  assign new_A203_ = new_A479_;
  assign new_A202_ = new_A411_;
  assign new_A201_ = ~new_A140_ & new_A154_;
  assign new_A200_ = new_A140_ & ~new_A154_;
  assign new_A199_ = new_A140_ & ~new_A154_;
  assign new_A198_ = ~new_A140_ & ~new_A154_;
  assign new_A197_ = new_A140_ & new_A154_;
  assign new_A196_ = new_A200_ | new_A201_;
  assign new_A195_ = ~new_A140_ & new_A154_;
  assign new_A194_ = new_A198_ | new_A199_;
  assign new_A193_ = ~new_A169_ & ~new_A189_;
  assign new_A192_ = new_A169_ & new_A189_;
  assign new_A191_ = ~new_A136_ | ~new_A161_;
  assign new_A190_ = new_A154_ & new_A191_;
  assign new_A189_ = new_A137_ | new_A138_;
  assign new_A188_ = new_A137_ | new_A154_;
  assign new_A187_ = ~new_A154_ & ~new_A190_;
  assign new_A186_ = new_A154_ | new_A191_;
  assign new_A185_ = new_A137_ & ~new_A138_;
  assign new_A184_ = ~new_A137_ & new_A138_;
  assign new_A183_ = new_A147_ | new_A180_;
  assign new_A182_ = ~new_A147_ & ~new_A181_;
  assign new_A181_ = new_A147_ & new_A180_;
  assign new_A180_ = ~new_A136_ | ~new_A161_;
  assign new_A179_ = ~new_A137_ & new_A147_;
  assign new_A178_ = new_A137_ & ~new_A147_;
  assign new_A177_ = new_A139_ & new_A176_;
  assign new_A176_ = new_A195_ | new_A194_;
  assign new_A175_ = ~new_A139_ & new_A174_;
  assign new_A174_ = new_A197_ | new_A196_;
  assign new_A173_ = new_A139_ | new_A172_;
  assign new_A172_ = new_A193_ | new_A192_;
  assign new_A171_ = ~new_A151_ & ~new_A161_;
  assign new_A170_ = new_A151_ & new_A161_;
  assign new_A169_ = ~new_A151_ | new_A161_;
  assign new_A168_ = new_A135_ & ~new_A136_;
  assign new_A167_ = ~new_A135_ & new_A136_;
  assign new_A166_ = new_A188_ & ~new_A189_;
  assign new_A165_ = ~new_A188_ & new_A189_;
  assign new_A164_ = ~new_A187_ | ~new_A186_;
  assign new_A163_ = new_A179_ | new_A178_;
  assign new_A162_ = new_A185_ | new_A184_;
  assign new_A161_ = new_A175_ | new_A177_;
  assign new_A160_ = ~new_A182_ | ~new_A183_;
  assign new_A159_ = new_A135_ & ~new_A136_;
  assign new_A158_ = new_A149_ & ~new_A161_;
  assign new_A157_ = ~new_A149_ & new_A161_;
  assign new_A156_ = ~new_A147_ & new_A173_;
  assign new_A155_ = new_A171_ | new_A170_;
  assign new_A154_ = new_A168_ | new_A167_;
  assign new_A153_ = new_A136_ | new_A169_;
  assign new_A152_ = new_A161_ & new_A164_;
  assign new_A151_ = new_A166_ | new_A165_;
  assign new_A150_ = new_A161_ & new_A160_;
  assign new_A149_ = new_A163_ & new_A162_;
  assign new_A148_ = new_A158_ | new_A157_;
  assign new_A147_ = new_A136_ | new_A159_;
  assign A146 = new_A147_ | new_A156_;
  assign A145 = new_A154_ & new_A155_;
  assign A144 = new_A154_ & new_A153_;
  assign A143 = new_A152_ | new_A151_;
  assign A142 = new_A150_ | new_A149_;
  assign A141 = new_A148_ & new_A147_;
  assign new_A140_ = new_A746_;
  assign new_A139_ = new_A679_;
  assign new_A138_ = new_A612_;
  assign new_A137_ = new_A545_;
  assign new_A136_ = new_A478_;
  assign new_A135_ = new_A412_;
  assign new_A134_ = ~new_A73_ & new_A87_;
  assign new_A133_ = new_A73_ & ~new_A87_;
  assign new_A132_ = new_A73_ & ~new_A87_;
  assign new_A131_ = ~new_A73_ & ~new_A87_;
  assign new_A130_ = new_A73_ & new_A87_;
  assign new_A129_ = new_A133_ | new_A134_;
  assign new_A128_ = ~new_A73_ & new_A87_;
  assign new_A127_ = new_A131_ | new_A132_;
  assign new_A126_ = ~new_A102_ & ~new_A122_;
  assign new_A125_ = new_A102_ & new_A122_;
  assign new_A124_ = ~new_A69_ | ~new_A94_;
  assign new_A123_ = new_A87_ & new_A124_;
  assign new_A122_ = new_A70_ | new_A71_;
  assign new_A121_ = new_A70_ | new_A87_;
  assign new_A120_ = ~new_A87_ & ~new_A123_;
  assign new_A119_ = new_A87_ | new_A124_;
  assign new_A118_ = new_A70_ & ~new_A71_;
  assign new_A117_ = ~new_A70_ & new_A71_;
  assign new_A116_ = new_A80_ | new_A113_;
  assign new_A115_ = ~new_A80_ & ~new_A114_;
  assign new_A114_ = new_A80_ & new_A113_;
  assign new_A113_ = ~new_A69_ | ~new_A94_;
  assign new_A112_ = ~new_A70_ & new_A80_;
  assign new_A111_ = new_A70_ & ~new_A80_;
  assign new_A110_ = new_A72_ & new_A109_;
  assign new_A109_ = new_A128_ | new_A127_;
  assign new_A108_ = ~new_A72_ & new_A107_;
  assign new_A107_ = new_A130_ | new_A129_;
  assign new_A106_ = new_A72_ | new_A105_;
  assign new_A105_ = new_A126_ | new_A125_;
  assign new_A104_ = ~new_A84_ & ~new_A94_;
  assign new_A103_ = new_A84_ & new_A94_;
  assign new_A102_ = ~new_A84_ | new_A94_;
  assign new_A101_ = new_A68_ & ~new_A69_;
  assign new_A100_ = ~new_A68_ & new_A69_;
  assign new_A99_ = new_A121_ & ~new_A122_;
  assign new_A98_ = ~new_A121_ & new_A122_;
  assign new_A97_ = ~new_A120_ | ~new_A119_;
  assign new_A96_ = new_A112_ | new_A111_;
  assign new_A95_ = new_A118_ | new_A117_;
  assign new_A94_ = new_A108_ | new_A110_;
  assign new_A93_ = ~new_A115_ | ~new_A116_;
  assign new_A92_ = new_A68_ & ~new_A69_;
  assign new_A91_ = new_A82_ & ~new_A94_;
  assign new_A90_ = ~new_A82_ & new_A94_;
  assign new_A89_ = ~new_A80_ & new_A106_;
  assign new_A88_ = new_A104_ | new_A103_;
  assign new_A87_ = new_A101_ | new_A100_;
  assign new_A86_ = new_A69_ | new_A102_;
  assign new_A85_ = new_A94_ & new_A97_;
  assign new_A84_ = new_A99_ | new_A98_;
  assign new_A83_ = new_A94_ & new_A93_;
  assign new_A82_ = new_A96_ & new_A95_;
  assign new_A81_ = new_A91_ | new_A90_;
  assign new_A80_ = new_A69_ | new_A92_;
  assign A79 = new_A80_ | new_A89_;
  assign A78 = new_A87_ & new_A88_;
  assign A77 = new_A87_ & new_A86_;
  assign A76 = new_A85_ | new_A84_;
  assign A75 = new_A83_ | new_A82_;
  assign A74 = new_A81_ & new_A80_;
  assign new_A73_ = new_A745_;
  assign new_A72_ = new_A678_;
  assign new_A71_ = new_A611_;
  assign new_A70_ = new_A544_;
  assign new_A69_ = new_A477_;
  assign new_A68_ = new_A413_;
  assign new_A1_ = new_A744_;
  assign new_A2_ = new_A677_;
  assign new_A3_ = new_A610_;
  assign new_A4_ = new_A543_;
  assign new_A5_ = new_A476_;
  assign new_A6_ = new_A414_;
  assign A7 = new_A14_ & new_A13_;
  assign A8 = new_A16_ | new_A15_;
  assign A9 = new_A18_ | new_A17_;
  assign A10 = new_A20_ & new_A19_;
  assign A11 = new_A20_ & new_A21_;
  assign A12 = new_A13_ | new_A22_;
  assign new_A13_ = new_A2_ | new_A25_;
  assign new_A14_ = new_A24_ | new_A23_;
  assign new_A15_ = new_A29_ & new_A28_;
  assign new_A16_ = new_A27_ & new_A26_;
  assign new_A17_ = new_A32_ | new_A31_;
  assign new_A18_ = new_A27_ & new_A30_;
  assign new_A19_ = new_A2_ | new_A35_;
  assign new_A20_ = new_A34_ | new_A33_;
  assign new_A21_ = new_A37_ | new_A36_;
  assign new_A22_ = ~new_A13_ & new_A39_;
  assign new_A23_ = ~new_A15_ & new_A27_;
  assign new_A24_ = new_A15_ & ~new_A27_;
  assign new_A25_ = new_A1_ & ~new_A2_;
  assign new_A26_ = ~new_A48_ | ~new_A49_;
  assign new_A27_ = new_A41_ | new_A43_;
  assign new_A28_ = new_A51_ | new_A50_;
  assign new_A29_ = new_A45_ | new_A44_;
  assign new_A30_ = ~new_A53_ | ~new_A52_;
  assign new_A31_ = ~new_A54_ & new_A55_;
  assign new_A32_ = new_A54_ & ~new_A55_;
  assign new_A33_ = ~new_A1_ & new_A2_;
  assign new_A34_ = new_A1_ & ~new_A2_;
  assign new_A35_ = ~new_A17_ | new_A27_;
  assign new_A36_ = new_A17_ & new_A27_;
  assign new_A37_ = ~new_A17_ & ~new_A27_;
  assign new_A38_ = new_A59_ | new_A58_;
  assign new_A39_ = new_A5_ | new_A38_;
  assign new_A40_ = new_A63_ | new_A62_;
  assign new_A41_ = ~new_A5_ & new_A40_;
  assign new_A42_ = new_A61_ | new_A60_;
  assign new_A43_ = new_A5_ & new_A42_;
  assign new_A44_ = new_A3_ & ~new_A13_;
  assign new_A45_ = ~new_A3_ & new_A13_;
  assign new_A46_ = ~new_A2_ | ~new_A27_;
  assign new_A47_ = new_A13_ & new_A46_;
  assign new_A48_ = ~new_A13_ & ~new_A47_;
  assign new_A49_ = new_A13_ | new_A46_;
  assign new_A50_ = ~new_A3_ & new_A4_;
  assign new_A51_ = new_A3_ & ~new_A4_;
  assign new_A52_ = new_A20_ | new_A57_;
  assign new_A53_ = ~new_A20_ & ~new_A56_;
  assign new_A54_ = new_A3_ | new_A20_;
  assign new_A55_ = new_A3_ | new_A4_;
  assign new_A56_ = new_A20_ & new_A57_;
  assign new_A57_ = ~new_A2_ | ~new_A27_;
  assign new_A58_ = new_A35_ & new_A55_;
  assign new_A59_ = ~new_A35_ & ~new_A55_;
  assign new_A60_ = new_A64_ | new_A65_;
  assign new_A61_ = ~new_A6_ & new_A20_;
  assign new_A62_ = new_A66_ | new_A67_;
  assign new_A63_ = new_A6_ & new_A20_;
  assign new_A64_ = ~new_A6_ & ~new_A20_;
  assign new_A65_ = new_A6_ & ~new_A20_;
  assign new_A66_ = new_A6_ & ~new_A20_;
  assign new_A67_ = ~new_A6_ & new_A20_;
endmodule